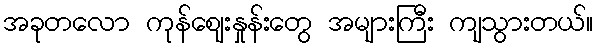
အခုတလော ကုန်ဈေးနှုန်းတွေ အများကြီး ကျသွားတယ်။